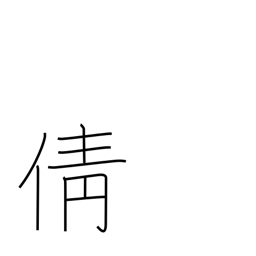
Meaning: profoundly